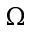
\Omega